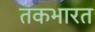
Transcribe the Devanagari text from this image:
तकभारत